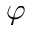
\varphi